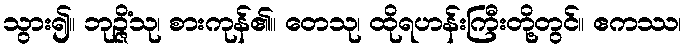
သွား၍။ ဘုဉ္ဇိံသု၊ စားကုန်၏။ တေသု၊ ထိုရဟန်းကြီးတို့တွင်။ ဧကဿ၊